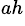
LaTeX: ^{ah}